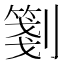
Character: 𠠀